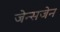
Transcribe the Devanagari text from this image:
जेन्सजेन